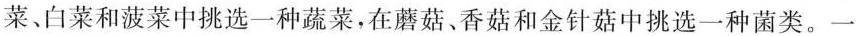
菜、白菜和菠菜中挑选一种蔬菜，在蘑菇、香菇和金针菇中挑选一种菌类。一